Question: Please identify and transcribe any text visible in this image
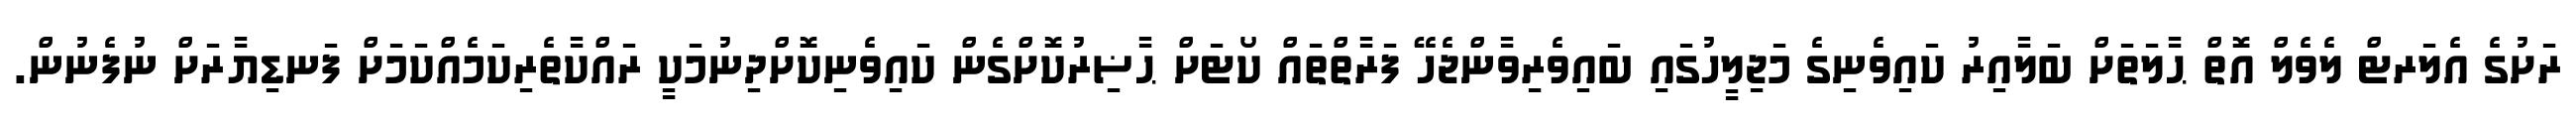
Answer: ރަށުގެ އެލަރޓް ލެވެލް އޮތް ޙާލަތަށް ބަލާއިރު ކައިވެނިގެ މަޖިލީހުގައި ބައިވެރިވާންޖެހޭ ފަރާތްތައް ކޯޓަށް ޙާޟިރުކޮށްގެން ކައިވެނިކޮށްދިނުމަކީ ރައްކާތެރިކަމެއްކަމަށް ފަނޑިޔާރަށް ނުފެނުން.